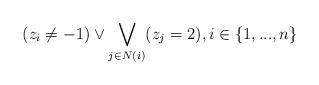
LaTeX: \begin{align*}(z_i \neq -1) \vee \bigvee\limits_{j \in N(i)} (z_j = 2), i \in \{1,...,n\}\end{align*}